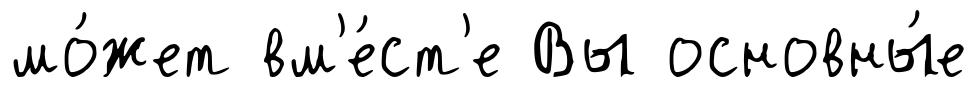
мо́жет вм'е́ст'е Вы основны́е